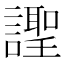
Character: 𧬼